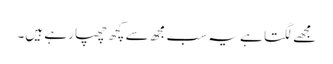
مجھے لگتا ہے یہ سب مجھ سے کچھ چھپا رہے ہیں۔